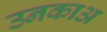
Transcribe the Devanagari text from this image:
उनकाअ